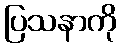
ပြသနာကို